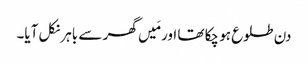
دن طلوع ہو چکا تھا اور مَیں گھر سے باہر نکل آیا۔